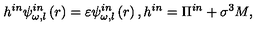
h ^ { i n } \psi _ { \omega , l } ^ { i n } \left( r \right) = \varepsilon \psi _ { \omega , l } ^ { i n } \left( r \right) , h ^ { i n } = \Pi ^ { i n } + \sigma ^ { 3 } M ,